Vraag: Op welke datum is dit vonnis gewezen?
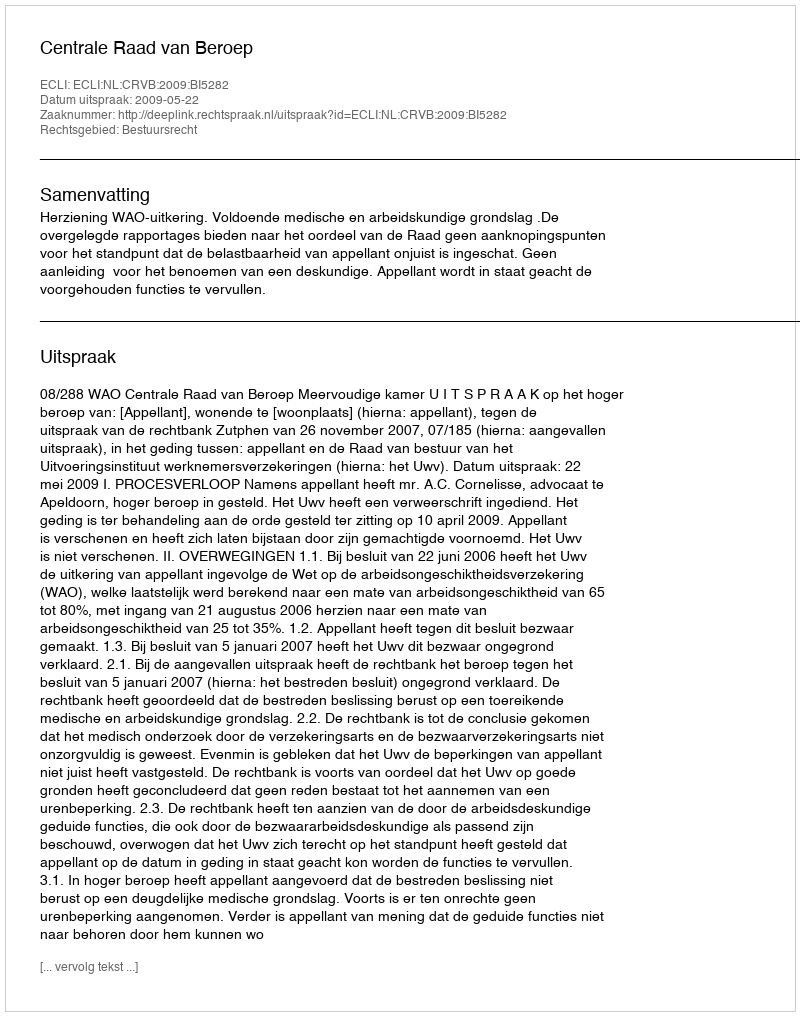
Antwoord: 2009-05-22